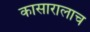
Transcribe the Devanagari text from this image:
कासारालाच